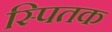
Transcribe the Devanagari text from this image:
स्पितक